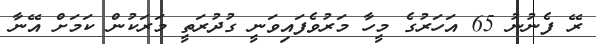
ރޭ ފެނުނު 65 އަހަރުގެ މީހާ މަރުވެފައިވަނީ ގުދުރަތީ މަރަކުން ކަމަށް އޭނާ